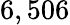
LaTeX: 6,506